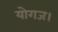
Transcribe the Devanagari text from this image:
योगज।